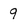
Character: 9